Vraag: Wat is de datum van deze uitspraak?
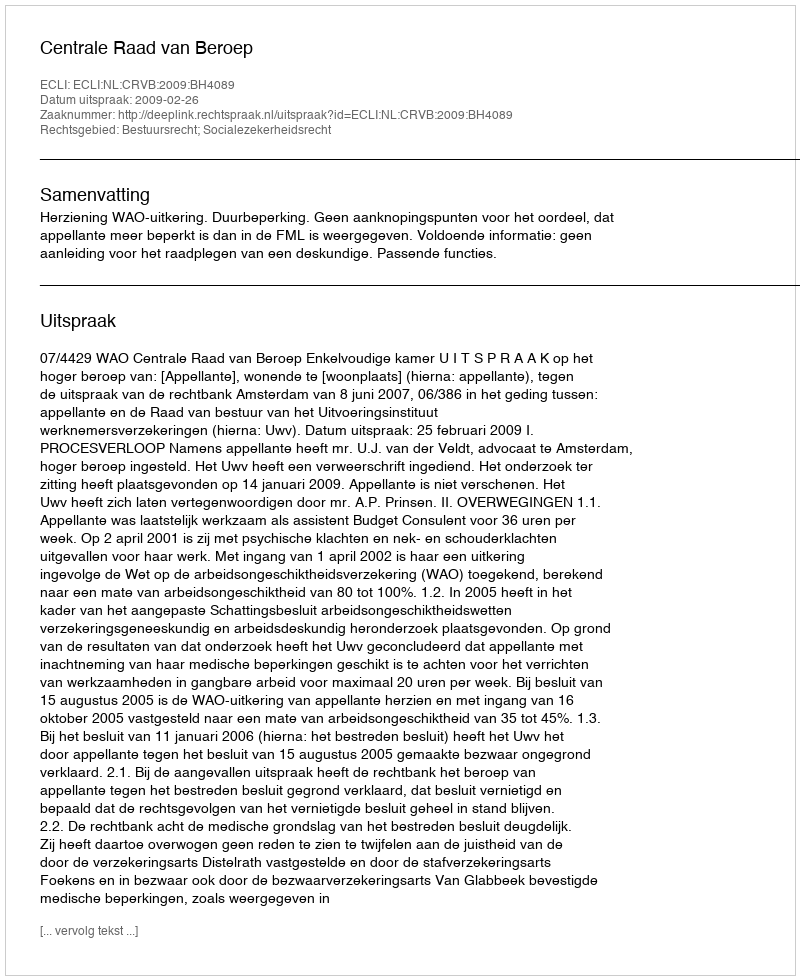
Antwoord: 2009-02-26